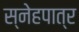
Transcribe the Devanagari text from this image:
स्नेहपात्र